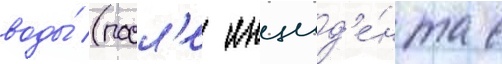
воды́ (посл'е инцид'е́нта с